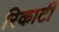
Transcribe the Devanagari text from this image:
रिकाटी